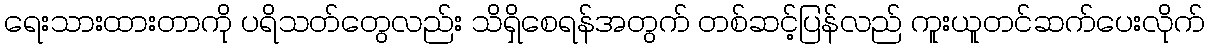
ရေးသားထားတာကို ပရိသတ်တွေလည်း သိရှိစေရန်အတွက် တစ်ဆင့်ပြန်လည် ကူးယူတင်ဆက်ပေးလိုက်